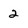
Character: 2